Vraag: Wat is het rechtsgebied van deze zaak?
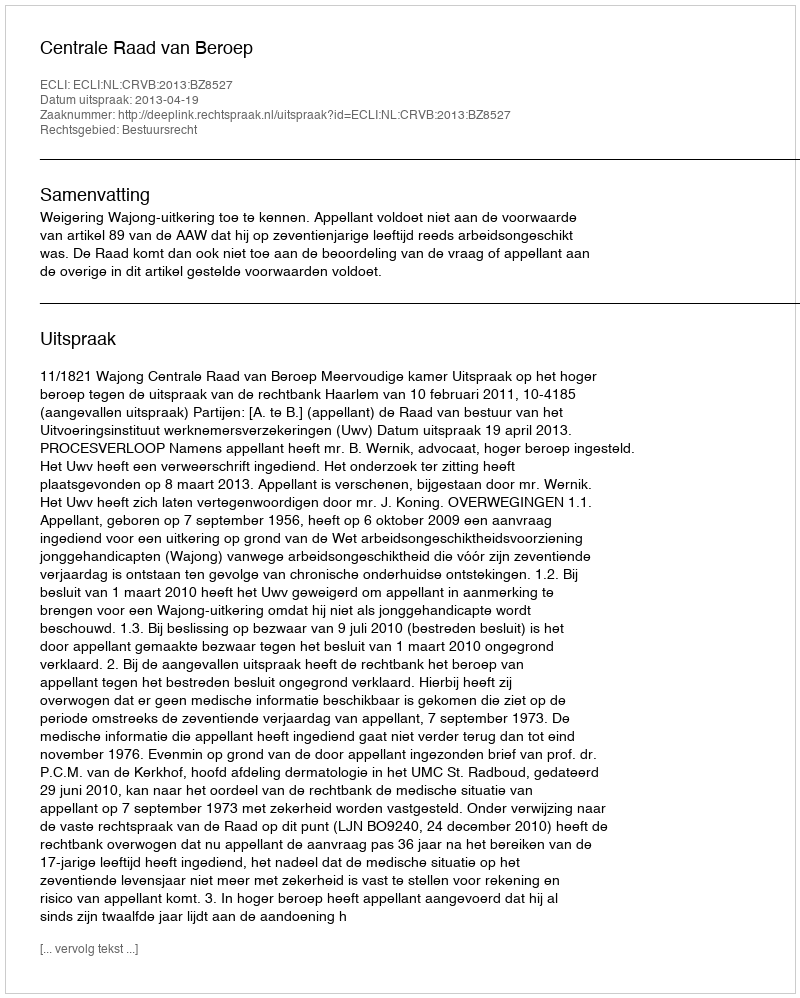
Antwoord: Bestuursrecht